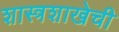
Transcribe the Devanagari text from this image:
शास्त्रशाखेची